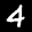
Label: 4